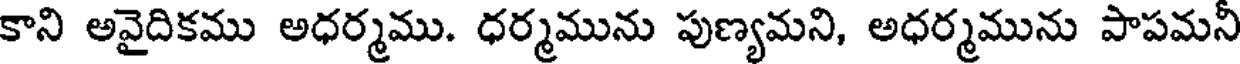
కాని అవైదికము అధర్మము. ధర్మమును పుణ్యమని, అధర్మమును పాపమనీ